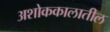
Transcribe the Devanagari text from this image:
अशोककालातील